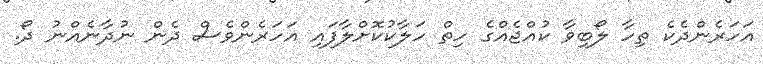
އަހަރެންދެކެ ތިހާ ލޯބިވާ ކުއްޖެއްގެ ހިތް ހަލާކުކޮށްލާފައި އަހަރެންވެސް ދެން ނުދާނެއްނު ދޯ.